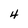
Character: 4